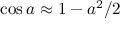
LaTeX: \cos a \approx 1 - a ^ { 2 } / 2